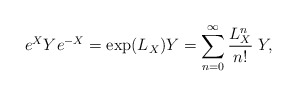
\begin{align*}e^X Y e^{-X} = \exp(L_X) Y = \sum_{n=0}^\infty {L_X^n\over n!}\; Y,\end{align*}